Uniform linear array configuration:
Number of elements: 8
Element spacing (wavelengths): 1
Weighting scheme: blackman
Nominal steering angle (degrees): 60
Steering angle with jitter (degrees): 59.981
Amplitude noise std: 0.05
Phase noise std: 0.05

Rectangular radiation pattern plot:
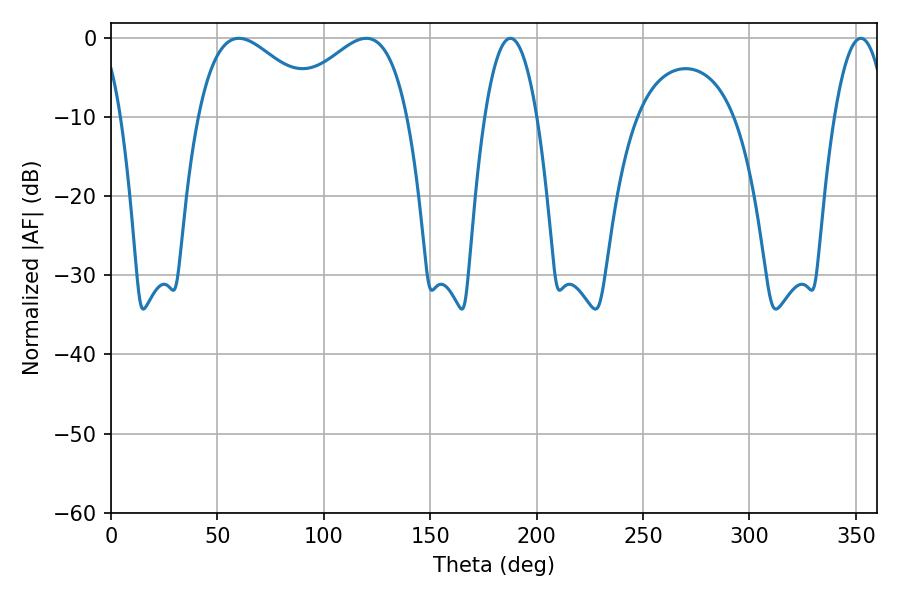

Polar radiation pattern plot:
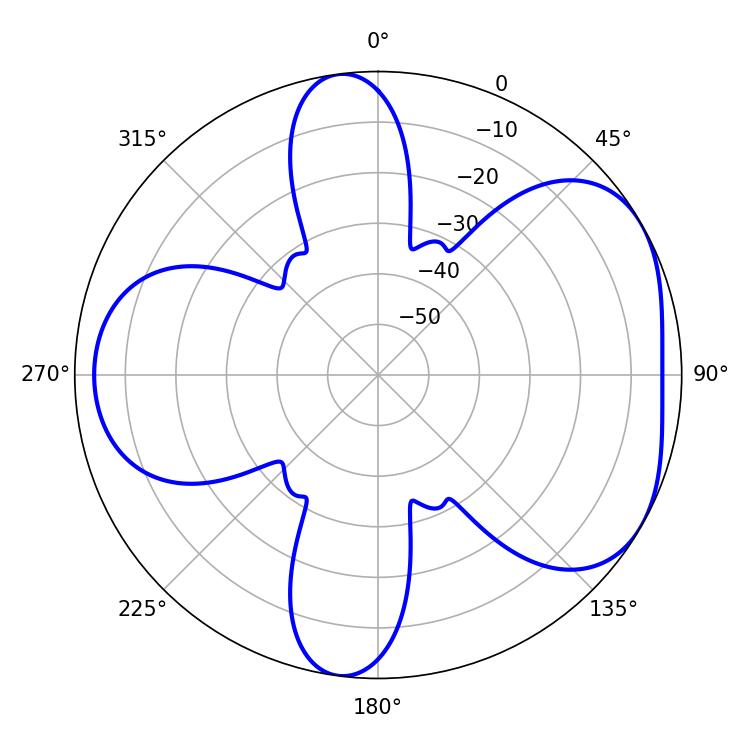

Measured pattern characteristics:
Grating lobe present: TRUE
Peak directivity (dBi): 4.745
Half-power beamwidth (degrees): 31.32
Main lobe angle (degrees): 60.12